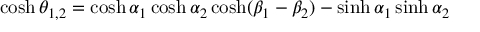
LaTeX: \cosh \theta _ { 1 , 2 } = \cosh \alpha _ { 1 } \cosh \alpha _ { 2 } \cosh ( \beta _ { 1 } - \beta _ { 2 } ) - \sinh \alpha _ { 1 } \sinh \alpha _ { 2 }